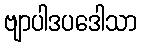
ဗျာပါဒပဒေါသာ